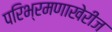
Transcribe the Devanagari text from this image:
परिभ्रमणाखेरीज